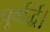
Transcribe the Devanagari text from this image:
पूर्वार्द्ध।